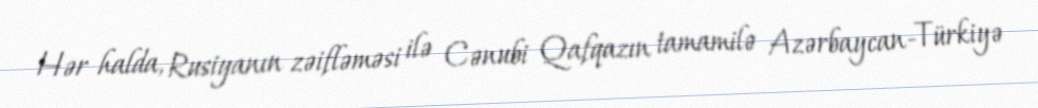
Hər halda, Rusiyanın zəifləməsi ilə Cənubi Qafqazın tamamilə Azərbaycan-Türkiyə